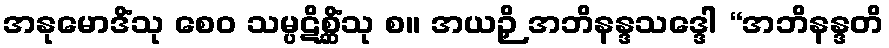
အနုမောဒိံသု စေဝ သမ္ပဋိစ္ဆိံသု စ။ အယဉှိ အဘိနန္ဒသဒ္ဒေါ “အဘိနန္ဒတိ